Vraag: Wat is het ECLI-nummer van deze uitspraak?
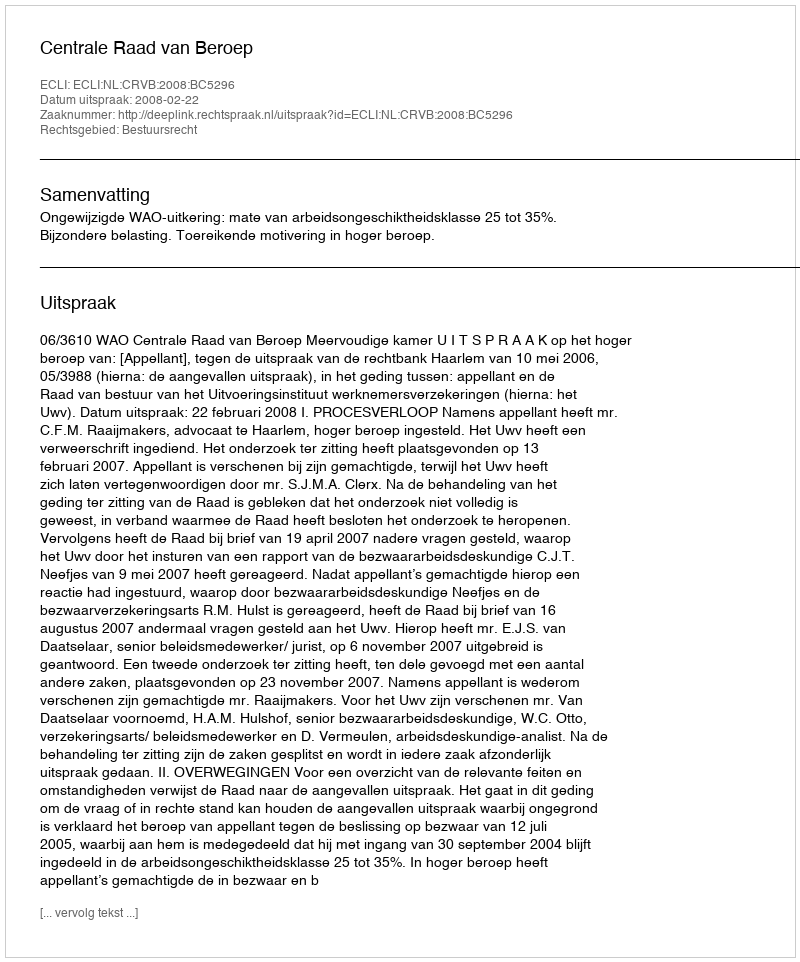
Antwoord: ECLI:NL:CRVB:2008:BC5296